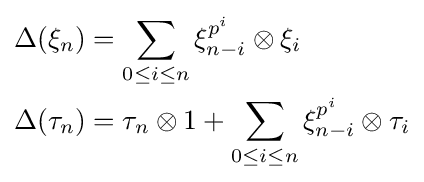
{\begin{aligned}\Delta (\xi _{n})&=\sum _{0\leq i\leq n}\xi _{n-i}^{p^{i}}\otimes \xi _{i}\\\Delta (\tau _{n})&=\tau _{n}\otimes 1+\sum _{0\leq i\leq n}\xi _{n-i}^{p^{i}}\otimes \tau _{i}\end{aligned}}